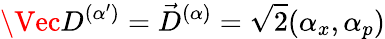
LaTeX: \Vec{D}^{(\alpha^{\prime})}=\vec{D}^{(\alpha)}=\sqrt{2}(\alpha_{x},\alpha_{p})